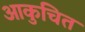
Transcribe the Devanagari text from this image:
आकुचित